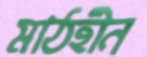
মাঠহীন